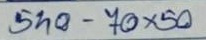
540 - 70x50